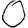
Digit: 0